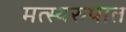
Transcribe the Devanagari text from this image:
मत्स्यरुपात